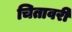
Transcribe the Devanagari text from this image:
चितावरी